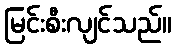
မြင်းစီးလျင်သည်။